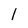
Character: I